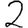
Digit: 2